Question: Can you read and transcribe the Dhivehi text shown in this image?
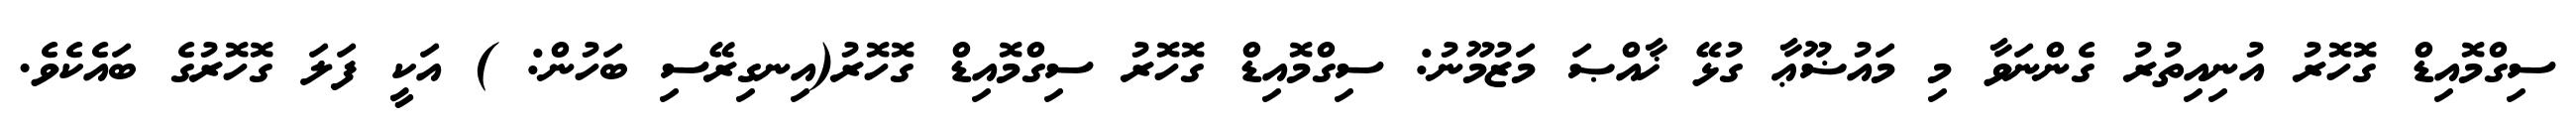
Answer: ސިގްމޮއިޑް ގޮހޮރު އުނިއިތުރު ގެންނަވާ މި މައުޟޫޢާ ގުޅޭ ޚާއްޞަ މަޒުމޫނު: ސިގްމޮއިޑް ގޮހޮރު ސިގްމޮއިޑް ގޮހޮރު(އިނގިރޭސި ބަހުން: ) އަކީ ފަލަ ގޮހޮރުގެ ބައެކެވެ.